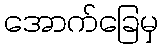
အောက်ခြေမှ